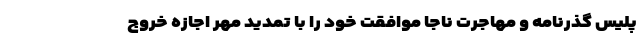
پلیس گذرنامه و مهاجرت ناجا موافقت خود را با تمدید مهر اجازه خروج